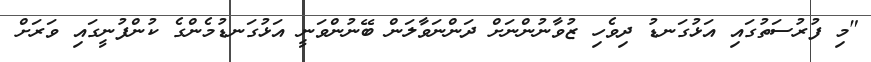
"މި ފުރުސަތުގައި އަޅުގަނޑު ދިވެހި ޒުވާނުންނަށް ދަންނަވާލަން ބޭނުންވަނީ އަޅުގަނޑުމެންގެ ކުންފުނީގައި ވަރަށް